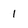
Character: 1